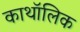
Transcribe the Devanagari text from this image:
काथॉलिक